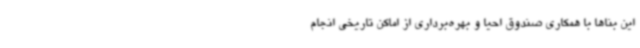
این بناها با همکاری صندوق احیا و بهره‌برداری از اماکن تاریخی انجام